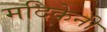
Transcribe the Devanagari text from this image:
मदिकेनी